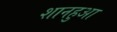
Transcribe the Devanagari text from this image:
शानहुआ